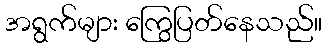
အရွက်များ ကြွေပြတ်နေသည်။